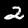
Label: 2